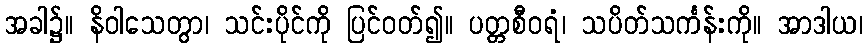
အခါ၌။ နိဝါသေတွာ၊ သင်းပိုင်ကို ပြင်ဝတ်၍။ ပတ္တစီဝရံ၊ သပိတ်သင်္ကန်းကို။ အာဒါယ၊